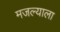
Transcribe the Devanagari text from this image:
मजल्याला